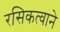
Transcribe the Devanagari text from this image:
रसिकत्वाने